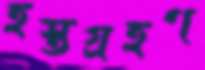
হস্তগ্রহণ